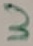
Text: 3